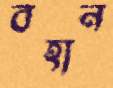
বহান